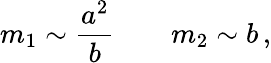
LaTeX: m_{1}\sim{\frac{a^{2}}{b}}\qquad m_{2}\sim b\, ,